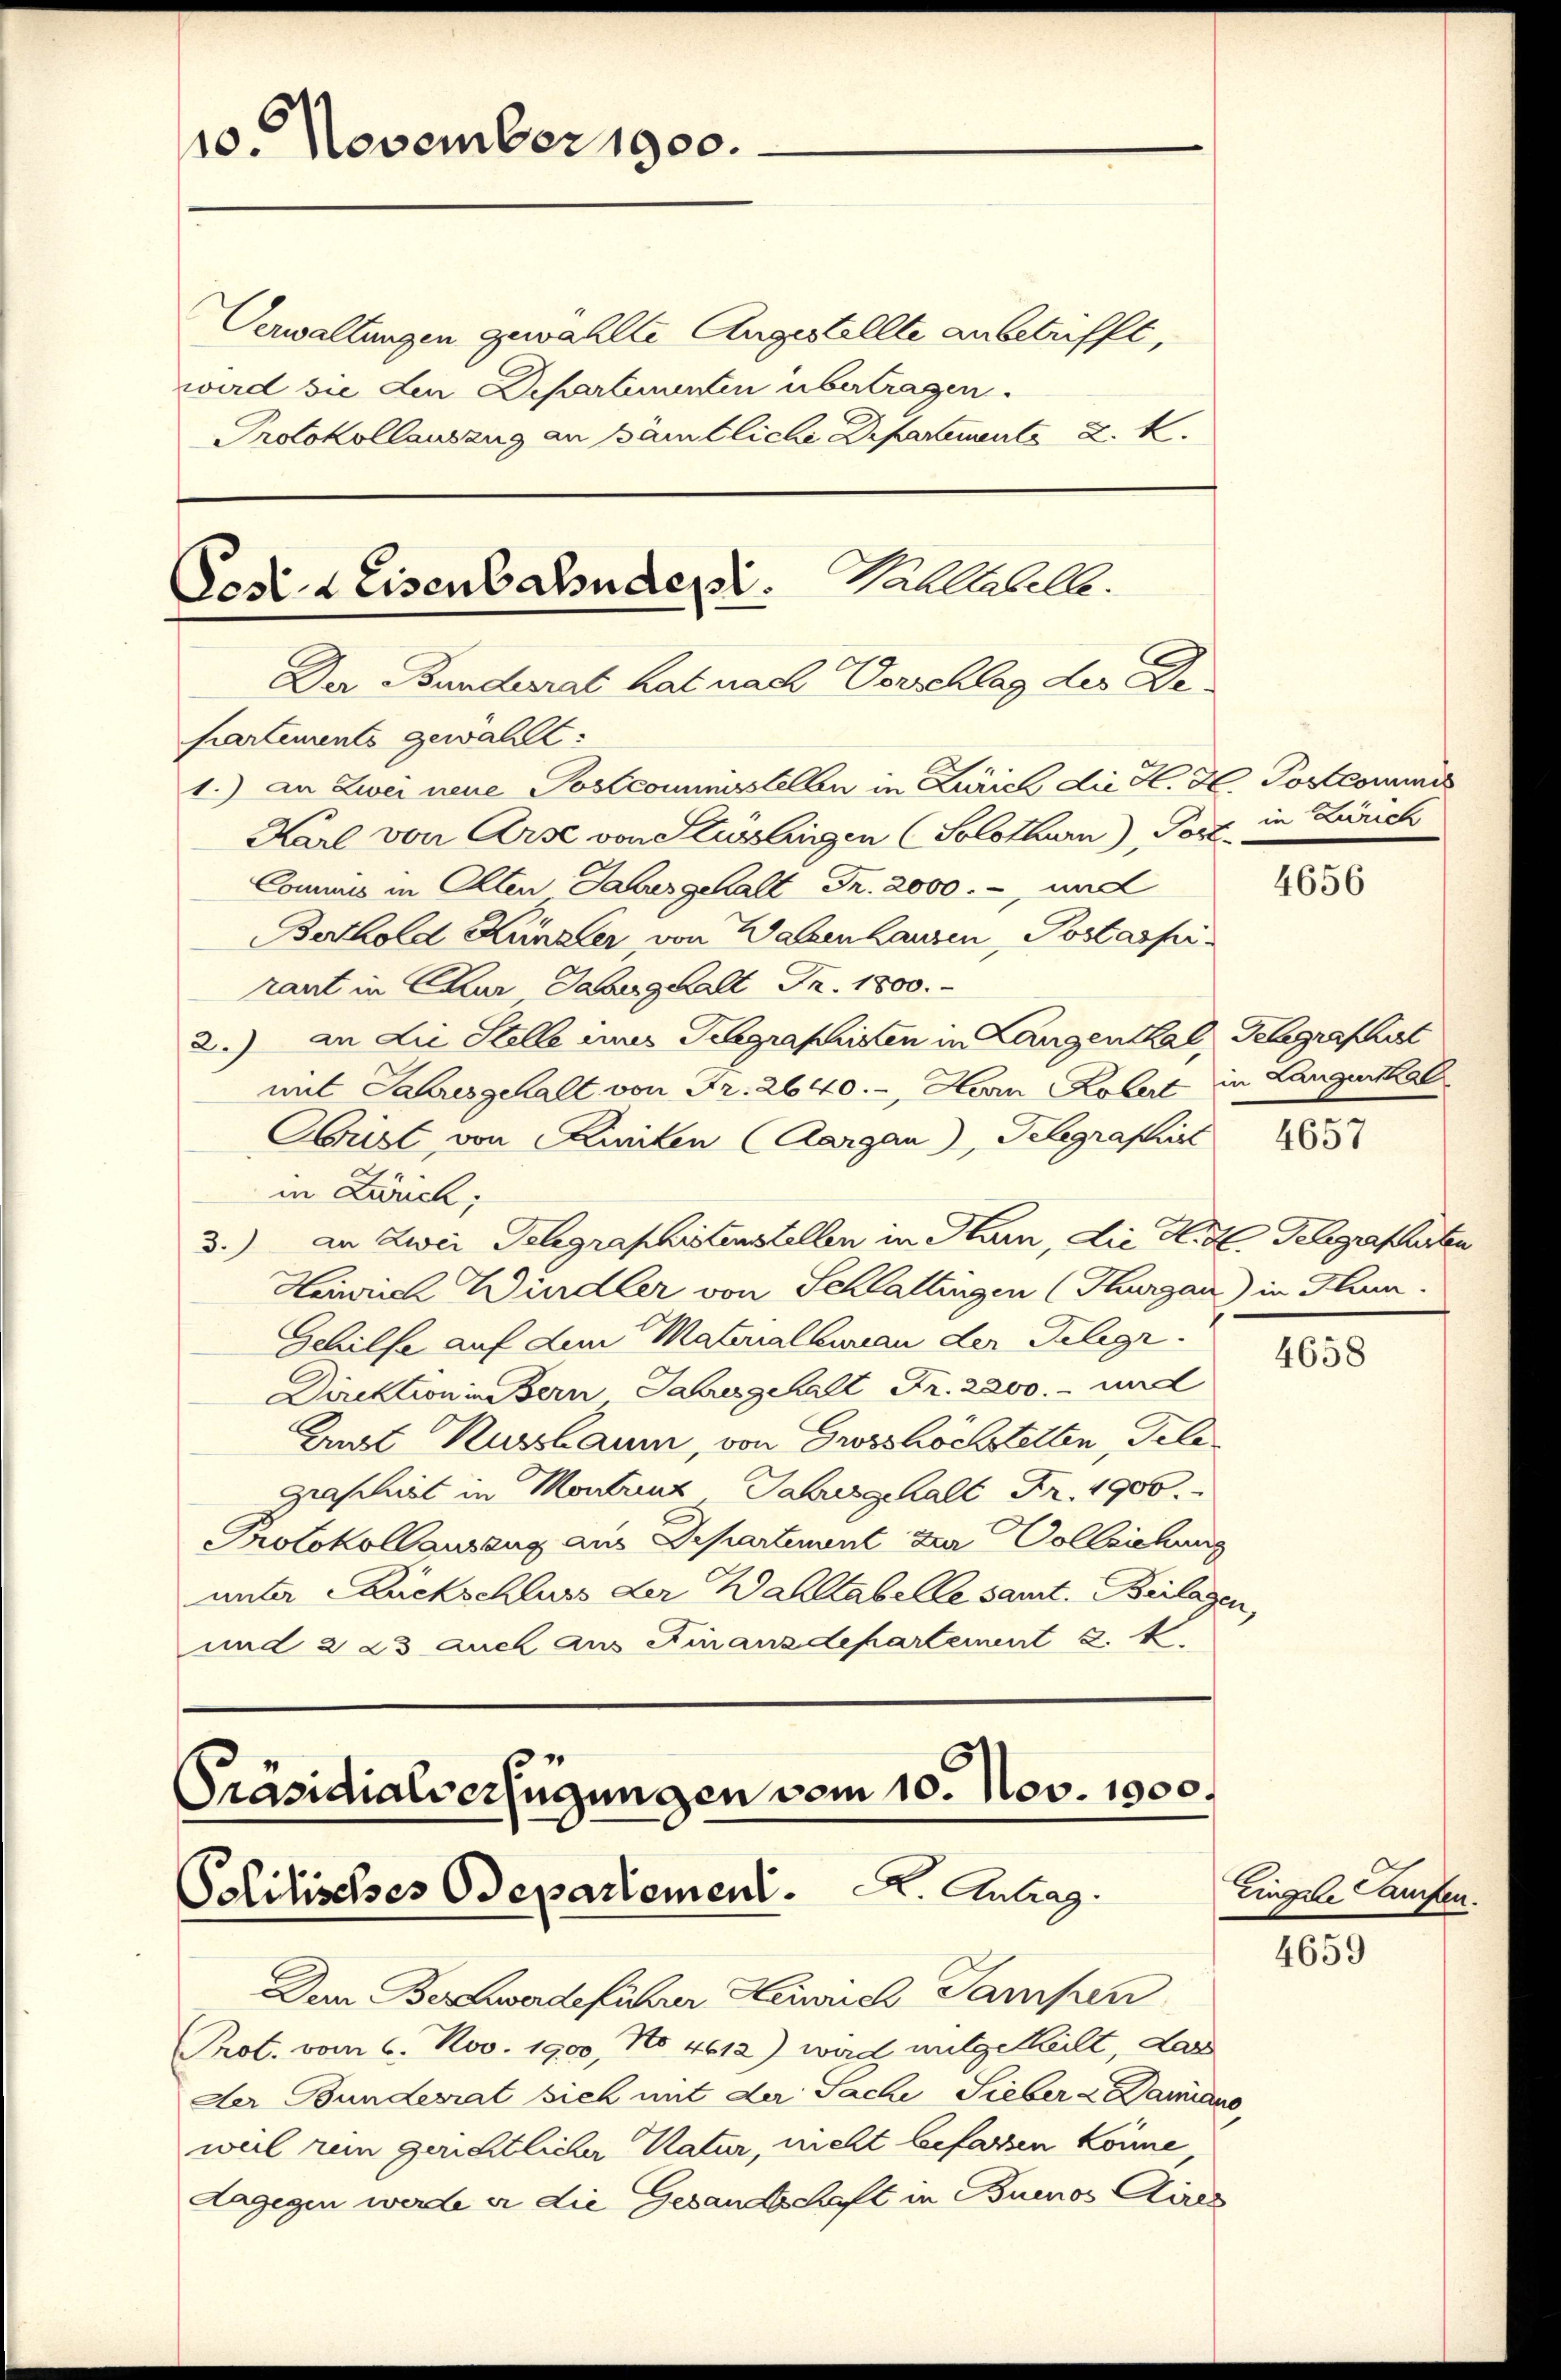
10. November 1900.

Verwaltungen gewählte Angestellte anbetrifft,
ward sie den Departementen übertragen.
Protokollauszug an sämtliche Departemente K. K.

Wahltabelle.
Post 2 Eisenbahndept.
Der Bundesrat hat nach Vorschlag des De
partements gewählt:
1.) An Zwei neue Postcommisstellen in Zürich die H. H. Postcommis
Karl von Arse von Stüsslingen (Solothurn), Porz in Zürich

Commis in Olten Jahrgehalt Fr. 2000.-, und
BBerthold Künzler von Walzenhausen, Postaspiraut in Chur aberghalt Fr. 1800.
2.) an die Stelle eines Seegraphiten in Langenthal, Gelegraphist
mit Jahresgehalt von Fr. 2640.-, Herrn Robert in Langenthal
Abrist von Kuniten (Aargau), Telegraphirt
in Lauch,
3.) An Zwei Telegraphistenstellen in Hain, die Hitl. Gelegrafurten
Heinrich Windler von Schlattingen (Thurgau) in Flum.
Gehilfe auf dem Materalbureau der Telegr.
Direktion in Bern Jahresgehalt Fr. 2200. - und
Auat Russlaum, von Grosshöchstellen, Tele¬
Graschiet in Montant Jahresgehalt Fr. 1900.
Protokollauszug aus Departement zur Vollziehung
unter Bauckschluss der Wallabelle samt. Beilagen,
und 2 23 auch aus Finanzdepartement 2. 1

Präsidialverfügungen vom 10. Nov. 1800.
Politisches Odepartement. A. Antrag

Den Bergwerdeführer Heinrich Sampen
Prot. vom 6. Nov. 1900, No. 4612) wird mitgetheilt, das
Der Bundesrat sich mit der Sache Sieber & Damians,
weil rein gerichtlicher Natur, nicht befassen könne
dagegen werde er die Gesandtschaft in Buenos Aires

4656

4657

4658

Eingele aufen

4659